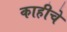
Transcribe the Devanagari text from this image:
काहीचे